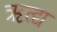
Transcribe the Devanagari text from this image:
ॠत्द्य